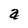
Character: a